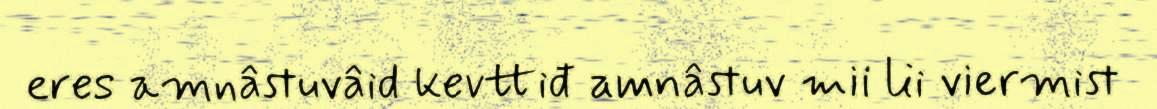
eres amnâstuvâid kevttiđ amnâstuv mii lii viermist